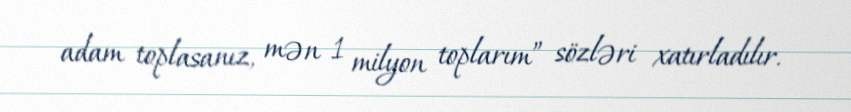
adam toplasanız, mən 1 milyon toplarım” sözləri xatırladılır.